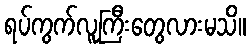
ရပ်ကွက်လူကြီးတွေလားမသိ။